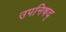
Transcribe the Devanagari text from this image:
उपनिषद्